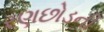
રણછોડની